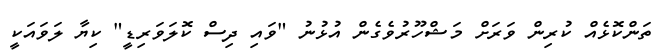
ތަންކޮޅެއް ކުރިން ވަރަށް މަޝްހޫރުވެގެން އުޅުނު "ވައި ދިސް ކޮލަވަރިޑީ" ކިޔާ ލަވައަކީ